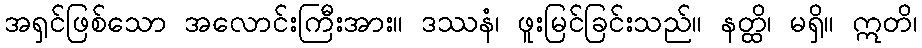
အရှင်ဖြစ်သော အလောင်းကြီးအား။ ဒဿနံ၊ ဖူးမြင်ခြင်းသည်။ နတ္ထိ၊ မရှိ။ ဣတိ၊